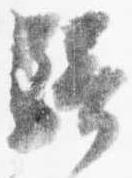
騎